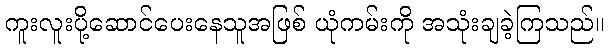
ကူးလူးပို့ဆောင်ပေးနေသူအဖြစ် ယုံကမ်းကို အသုံးချခဲ့ကြသည်။